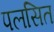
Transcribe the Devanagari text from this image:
पलसित